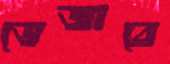
ভেজাবে